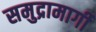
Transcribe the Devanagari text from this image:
समुद्रामार्गी